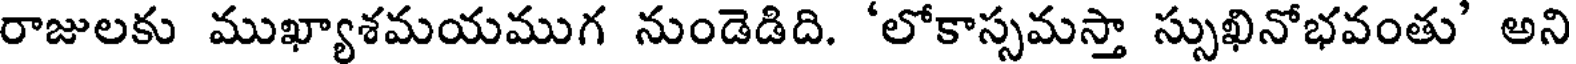
రాజులకు ముఖ్యాశమయముగ నుండెడిది. 'లోకాస్సమస్తా స్సుఖినోభవంతు' అని